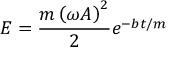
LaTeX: E = { \frac { m \left( \omega A \right) ^ { 2 } } { 2 } } e ^ { - b t / m }